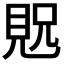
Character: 𫌝